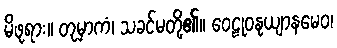
မိဖုရား။ တုမှာကံ၊ သခင်မတို့၏။ ဝေဠုဝနုယျာနမေဝ၊